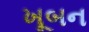
ખૂબન